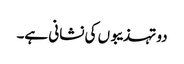
دو تہذیبوں کی نشانی ہے۔